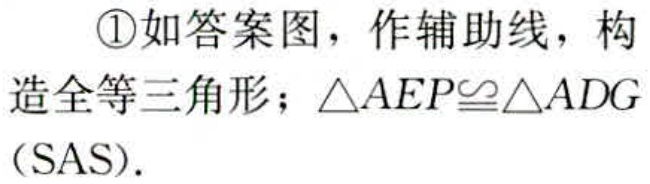
\textcircled{1}如答案图，作辅助线，构造全等三角形；\(\triangle AEP\cong\triangle ADG\)（SAS）.